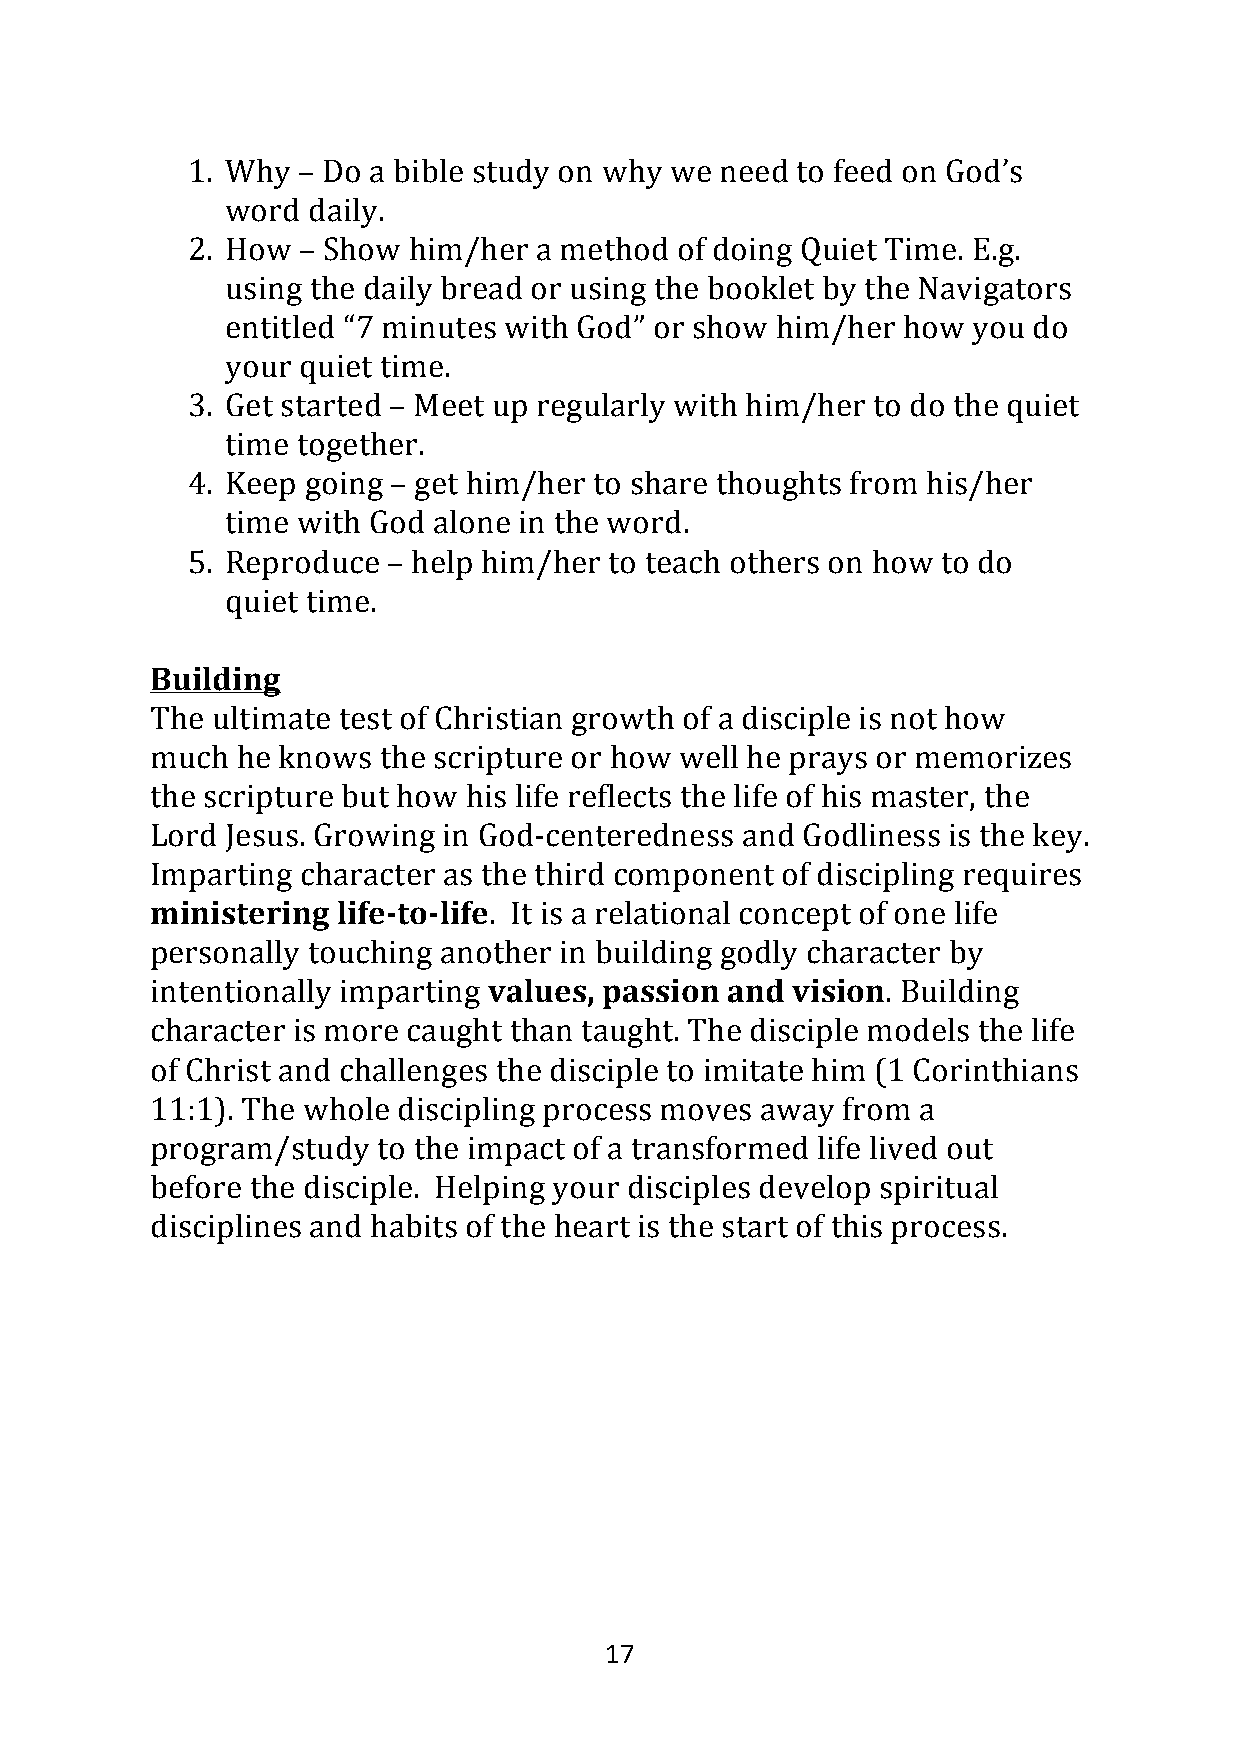
1. Why  – Do a bible study on why we need to feed on God’s
 word daily.
 2. How  – Show him/her a method  of doing Quiet Time. E.g.
 using the daily bread or using the booklet by the Navigators
 entitled “7 minutes with God” or show him/her how you do
 your quiet time.
 3. Get started – Meet up regularly with him/her to do the quiet
 time together.
 4. Keep going – get him/her to share thoughts from his/her
 time with God alone in the word.
 5. Reproduce  – help him/her to teach others on how to do
 quiet time.
 Building
 The ultimate test of Christian growth of a disciple is not how
 much  he knows the scripture or how well he prays or memorizes
 the scripture but how his life reflects the life of his master, the
 Lord Jesus. Growing in God-centeredness and Godliness is the key.
 Imparting character as the third component of discipling requires
 ministering life-to-life. It is a relational concept of one life
 personally touching another in building godly character by
 intentionally imparting values, passion and vision. Building
 character is more caught than taught. The disciple models the life
 of Christ and challenges the disciple to imitate him (1 Corinthians
 11:1). The whole discipling process moves away from a
 program/study  to the impact of a transformed life lived out
 before the disciple. Helping your disciples develop spiritual
 disciplines and habits of the heart is the start of this process.
 17